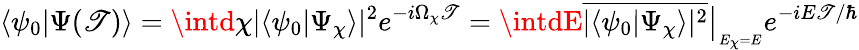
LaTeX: \langle\psi_{0}|\Psi(\mathscr{T})\rangle=\intd\chi|\langle\psi_{0}|\Psi_{\chi}\rangle|^{2}e^{-i\Omega_{\chi}\mathscr{T}}=\intdE\overline{{{|\langle\psi_{0}|\Psi_{\chi}\rangle|^{2}}}}\big|_{_{E_{\chi}=E}}e^{-iE\mathscr{T}/\hbar}